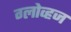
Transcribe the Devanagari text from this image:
ग्लोव्हज